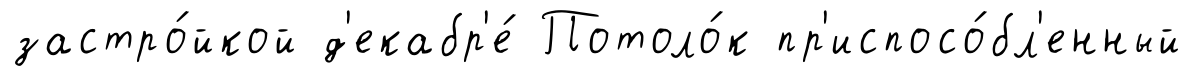
застро́йкой д'екабр'е́ Потоло́к пр'испосо́бл'енный